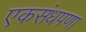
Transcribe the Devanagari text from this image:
एकसंधपणा